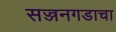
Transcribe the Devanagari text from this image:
सज्जनगडाचा